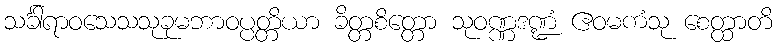
သင်္ခါရာဝသေသသုခုမဘာဝပ္ပတ္တိယာ ခိတ္တစိတ္တော သုဝဏ္ဏဒဏ္ဍံ ဧဝမကံသု စေတ္ထာတိ